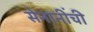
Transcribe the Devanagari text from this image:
सेनानींची